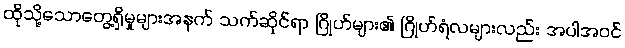
ထိုသို့သောတွေ့ရှိမှုများအနက် သက်ဆိုင်ရာ ဂြိုဟ်များ၏ ဂြိုဟ်ရံလများလည်း အပါအဝင်